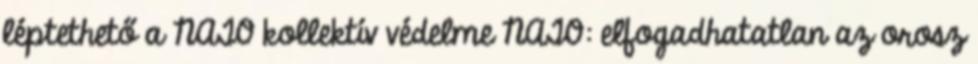
léptethető a NATO kollektív védelme NATO: elfogadhatatlan az orosz